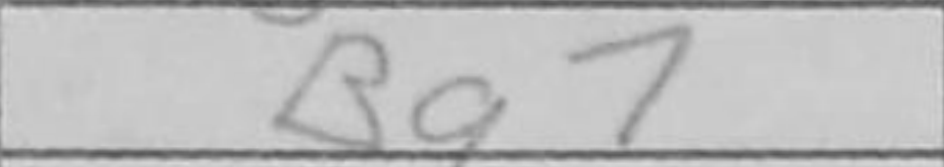
Transcription: Bg7